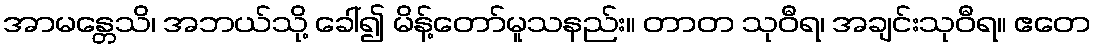
အာမန္တေသိ၊ အဘယ်သို့ ခေါ်၍ မိန့်တော်မူသနည်း။ တာတ သုဝီရ၊ အချင်းသုဝီရ။ ဧတေ